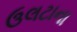
ઉલટાના